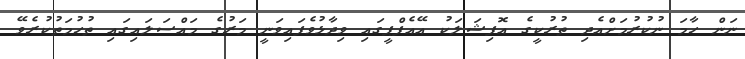
ނަން ހާމަ ނުކުރުމަށްއެދި ތުރުކީގެ އޮފިޝަލަކު އޭއެފްޕީގައި ވިދާޅުވެފައިވަނީ މަރުގެ މައްސަލައިގައި ތުހުމަތުކުރެވޭ